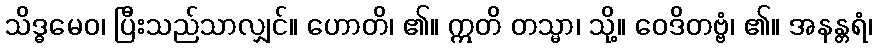
သိဒ္ဓမေဝ၊ ပြီးသည်သာလျှင်။ ဟောတိ၊ ၏။ ဣတိ တသ္မာ၊ သို့။ ဝေဒိတဗ္ဗံ၊ ၏။ အနန္တရံ၊